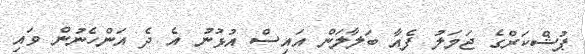
ޕުޝްކަރްގެ ޖަމަލު ފެއާ ބަލާލަން އައިސް އުޅުނު އެ ދެ އަންހެނުން ވައި